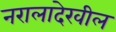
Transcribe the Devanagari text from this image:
नरालादेखील